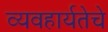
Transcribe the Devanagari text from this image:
व्यवहार्यतेचे